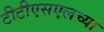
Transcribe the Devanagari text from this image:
टीटीएसएलच्या